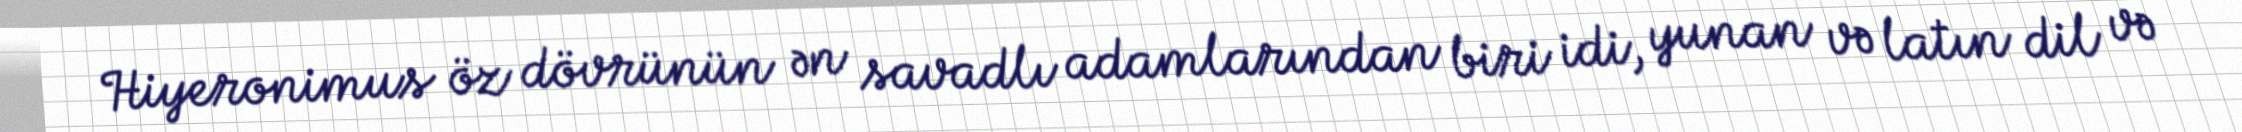
Hiyeronimus öz dövrünün ən savadlı adamlarından biri idi, yunan və latın dil və